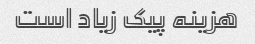
هزینه پیک زیاد است